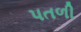
પતળી